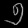
Digit: ၅